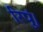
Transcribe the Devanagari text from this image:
रिपुं।